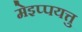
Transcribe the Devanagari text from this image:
मेइप्पयत्तु